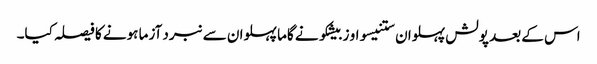
اس کے بعد پولش پہلوان ستنیسواو زبیشکو نے گاما پہلوان سے نبرد آزما ہونے کا فیصلہ کیا۔